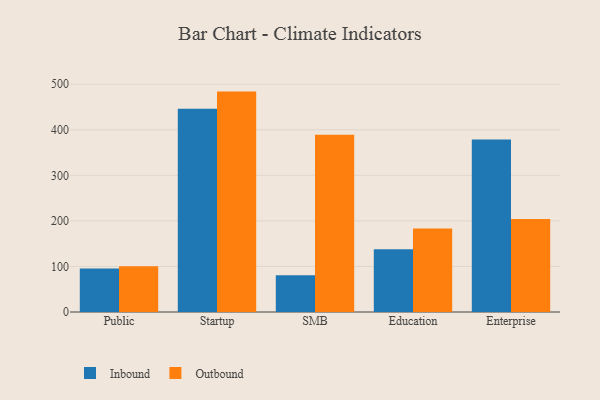
{"axis": {"x": "Segment", "y": "Net Income (USD K)"}, "legend": ["Inbound", "Outbound"], "data": [{"x": "Public", "y": 95.3, "type": "Inbound"}, {"x": "Public", "y": 100.4, "type": "Outbound"}, {"x": "Startup", "y": 445.9, "type": "Inbound"}, {"x": "Startup", "y": 483.8, "type": "Outbound"}, {"x": "SMB", "y": 80.4, "type": "Inbound"}, {"x": "SMB", "y": 389.1, "type": "Outbound"}, {"x": "Education", "y": 138.0, "type": "Inbound"}, {"x": "Education", "y": 183.2, "type": "Outbound"}, {"x": "Enterprise", "y": 378.8, "type": "Inbound"}, {"x": "Enterprise", "y": 204.0, "type": "Outbound"}]}